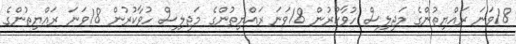
18ވަނަ ރައްޔިތުންގެ މަޖިލިސް ހުވާކުރުން 18ވަނަ ރައްޔިތުންގެ މަޖިލިސް ހުވާކުރުން 18ވަނަ ރައްޔިތުންގެ